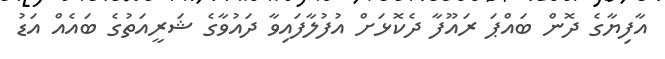
އާފިޔާގެ ދޮން ބައްޕަ ރައޫފާ ދެކޮޅަށް އުފުލާފައިވާ ދައުވާގެ ޝަރީއަތުގެ ބައެއް އަޑު